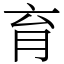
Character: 育